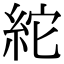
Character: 紽